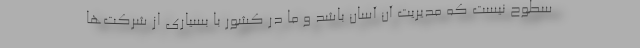
سطوح نیست که مدیریت آن آسان باشد و ما در کشور با بسیاری از شرکت‌ها